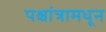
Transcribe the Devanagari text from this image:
पश्चांत्रामधून